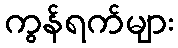
ကွန်ရက်များ